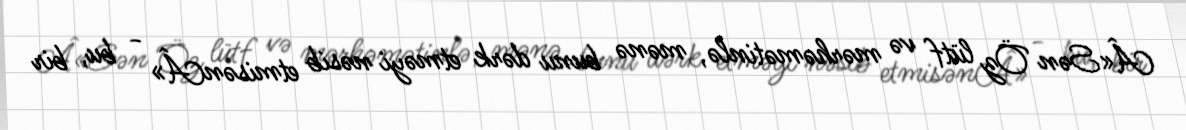
Â«Sən Öz lütf və mərhəmətinlə, mənə bunu dərk etməyi nəsib etmisənÂ» - bu, bir